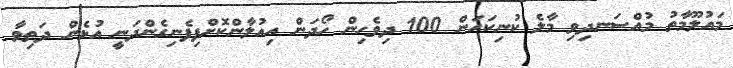
މައުލޫމާތު މުއްސަނދިވި މާލެ ކުނިކަހަން 100 ދިވެހިން ހޯދަން އިއުލާންކޮށްފިފެނިގެންދަނީ އުޅެން ދަތިވާ